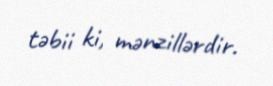
təbii ki, mənzillərdir.